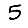
Digit: 5